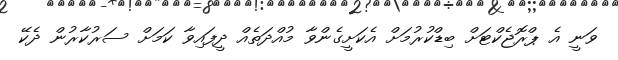
ވަނީ އެ ޕްރޮޖެކްޓަށް ބިޑްކުރުމަށް އެކަށީގެންވާ މުއްދަތެއް ދީފައިވާ ކަމަށް ސަރުކާރުން ދެކޭ